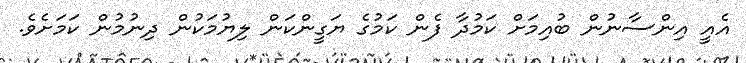
އެއީ އިންސާނުން ބުއިމަށް ކަމުދާ ފެން ކަމުގެ ޔަގީންކަން ލިޔުމަކުން ދިނުމުން ކަމަށެވެ.